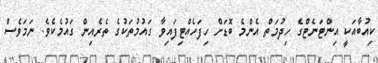
ކިއުބާއަކީ އިންޓަނެޓްގެ ހިދުމަތް އެންމެ ބޮޑަށް ހިފަހެއްޓިފައިވާ ގައުމުތަކުގެ ތެރެއިން ގައުމެކެވެ. ނަމަވެސް